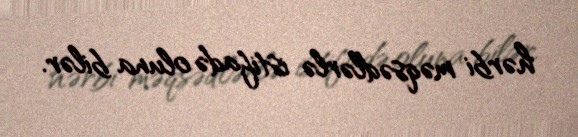
hərbi məqsədlərlə istifadə oluna bilər.